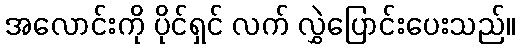
အလောင်းကို ပိုင်ရှင် လက် လွှဲပြောင်းပေးသည်။